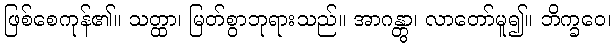
ဖြစ်စေကုန်၏။ သတ္ထာ၊ မြတ်စွာဘုရားသည်။ အာဂန္တွာ၊ လာတော်မူ၍။ ဘိက္ခဝေ၊